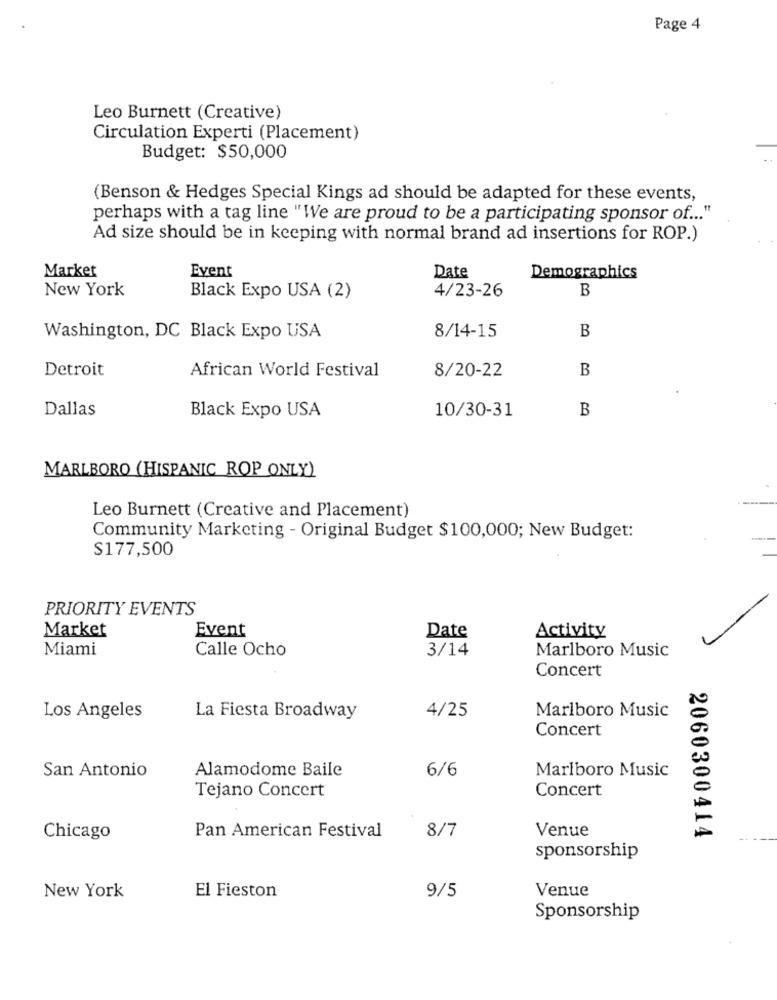
Page 4
Leo Burnett (Creative)
Circulation Experti (Placement)
Budget: $50,000
(Benson & Hedges Special Kings ad should be adapted for these events,
perhaps with a tag line "We are proud to be a participating sponsor of ... "
Ad size should be in keeping with normal brand ad insertions for ROP.)
Event
Market
Date
Demographics
New York
B
Black Expo USA (2)
4/23-26
B
Washington, DC Black Expo USA
8/14-15
Detroit
African World Festival
B
8/20-22
Dallas
Black Expo USA
10/30-31
B
MARLBORO (HISPANIC ROP ONLY)
Leo Burnett (Creative and Placement)
Community Marketing - Original Budget $100,000; New Budget:
$177,500
PRIORITY EVENTS
Market
Event
Date
Activity
Miami
Calle Ocho
3/14
Marlboro Music
Concert
Los Angeles
4/25
Marlboro Music
La Fiesta Broadway
Concert
San Antonio
Alamodome Baile
6/6
Marlboro Music
Tejano Concert
Concert
Venue
Chicago
Pan American Festival
8/7
2060300414
sponsorship
Venue
New York
El Fieston
9/5
Sponsorship